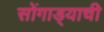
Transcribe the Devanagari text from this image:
सोंगाड्याची